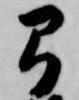
弓